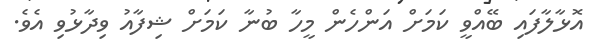
އޮޅާލާފައި ބޭއްވީ ކަމަށް އަންހެން މީހާ ބުނާ ކަމަށް ޝިފާއު ވިދާޅުވި އެވެ.